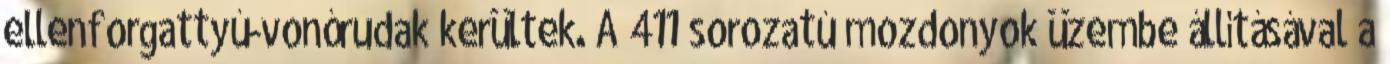
ellenforgattyú-vonórudak kerültek. A 411 sorozatú mozdonyok üzembe állításával a